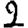
Digit: 2